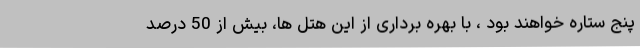
پنج ستاره خواهند بود ، با بهره برداری از این هتل ها، بیش از 50 درصد